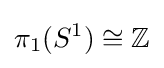
\pi _{1}(S^{1})\cong \mathbb {Z}